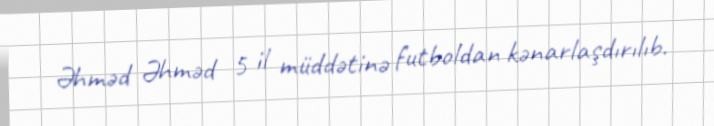
Əhməd Əhməd 5 il müddətinə futboldan kənarlaşdırılıb.